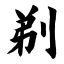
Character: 剃